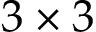
3 \times 3